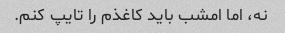
نه، اما امشب باید کاغذم را تایپ کنم.